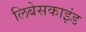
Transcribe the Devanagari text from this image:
लिबेसकाइंड